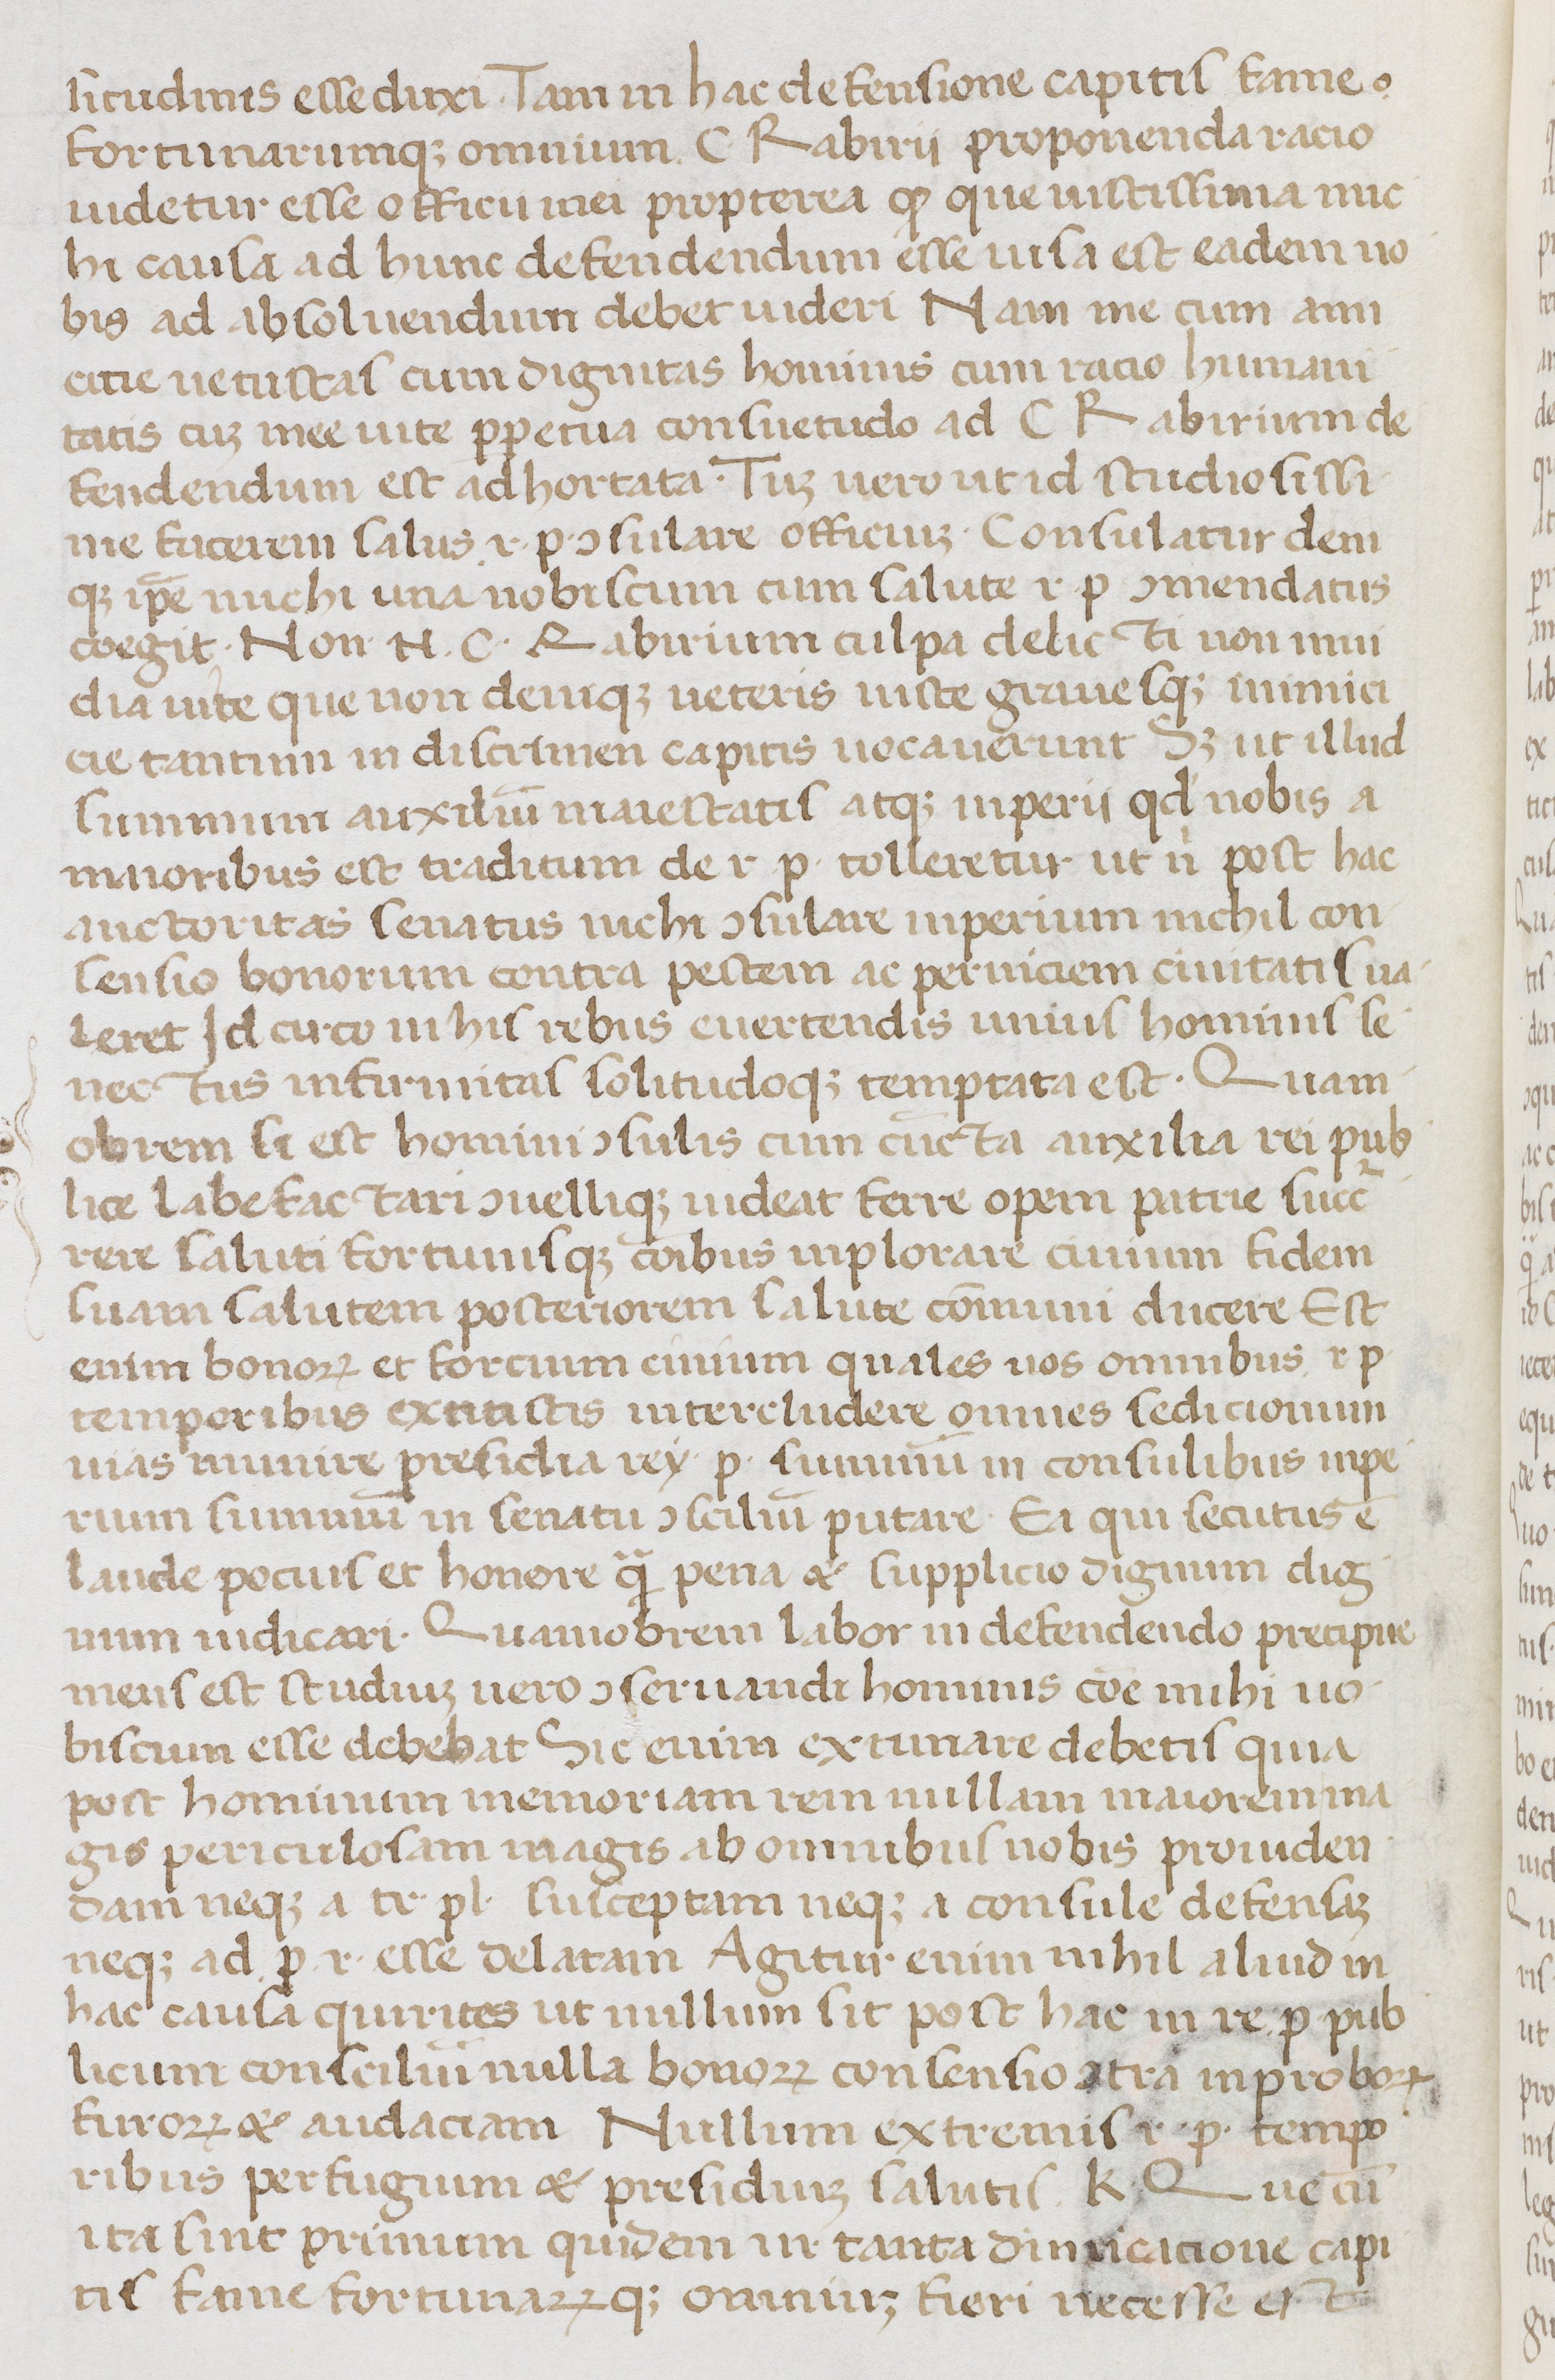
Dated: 1400–1499